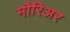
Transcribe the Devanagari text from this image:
मौरिअर